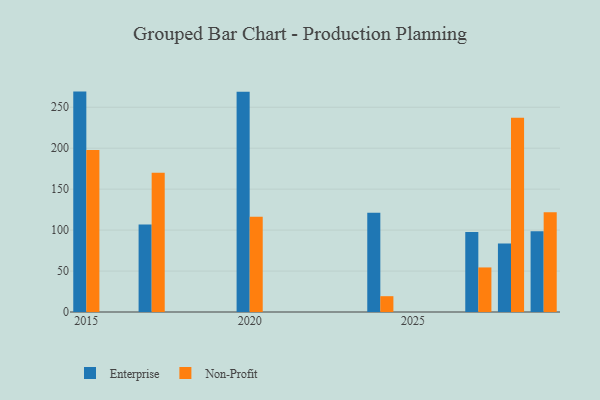
{"axis": {"x": "Year", "y": "Inventory Turnover"}, "legend": ["Enterprise", "Non-Profit"], "data": [{"x": "2020", "y": 268.9, "type": "Enterprise"}, {"x": "2020", "y": 116.4, "type": "Non-Profit"}, {"x": "2027", "y": 97.7, "type": "Enterprise"}, {"x": "2027", "y": 54.4, "type": "Non-Profit"}, {"x": "2029", "y": 98.5, "type": "Enterprise"}, {"x": "2029", "y": 121.9, "type": "Non-Profit"}, {"x": "2015", "y": 269.1, "type": "Enterprise"}, {"x": "2015", "y": 197.9, "type": "Non-Profit"}, {"x": "2024", "y": 121.1, "type": "Enterprise"}, {"x": "2024", "y": 19.3, "type": "Non-Profit"}, {"x": "2028", "y": 83.6, "type": "Enterprise"}, {"x": "2028", "y": 237.2, "type": "Non-Profit"}, {"x": "2017", "y": 106.8, "type": "Enterprise"}, {"x": "2017", "y": 170.0, "type": "Non-Profit"}]}